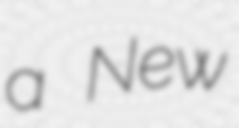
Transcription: a New